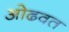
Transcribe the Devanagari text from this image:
ओढवत